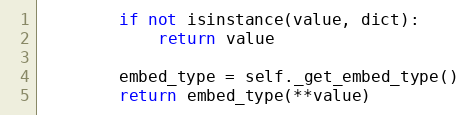
Language: Python
        if not isinstance(value, dict):
            return value

        embed_type = self._get_embed_type()
        return embed_type(**value)